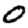
Digit: 0